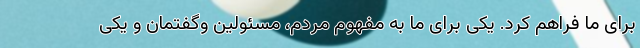
برای ما فراهم کرد. یکی برای ما به مفهوم مردم، مسئولین وگفتمان و یکی